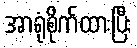
အာရုံစိုက်ထားပြီး